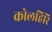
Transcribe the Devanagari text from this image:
कोलहिरि